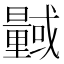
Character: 𭨎